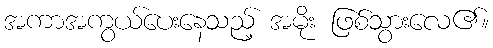
အကာအကွယ်ပေးနေသည့် အမိုး ဖြစ်သွားလေ၏။